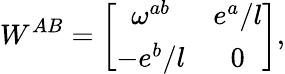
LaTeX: W^{AB}=\left[\begin{array}{cc}{{\omega^{ab}}}&{{e^{a}/l}}\\ {{-e^{b}/l}}&{{0}}\end{array}\right],